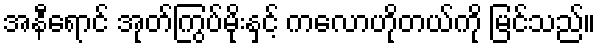
အနီရောင် အုတ်ကြွပ်မိုးနှင့် ကလောဟိုတယ်ကို မြင်သည်။